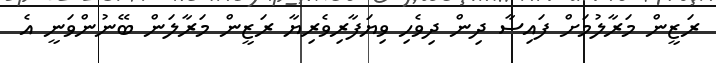
ރަޒީން މަރާލުމަށް ފައިސާ ދިން ދިވެހި ވިޔަފާރިވެރިޔާ ރަޒީން މަރާލަން ބޭނުންވަނީ އެ